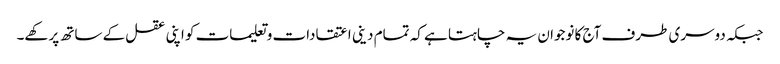
جبکہ دوسری طرف آج کا نوجوان یہ چاہتا ہے کہ تمام دینی اعتقادات و تعلیمات کو اپنی عقل کے ساتھ پرکھے۔